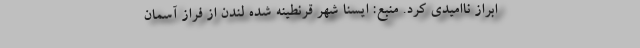
ابراز ناامیدی کرد. منبع: ایسنا شهر قرنطینه شده لندن از فراز آسمان